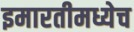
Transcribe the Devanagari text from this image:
इमारतीमध्येच